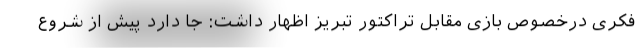
فکری درخصوص بازی مقابل تراکتور تبریز اظهار داشت: جا دارد پیش از شروع